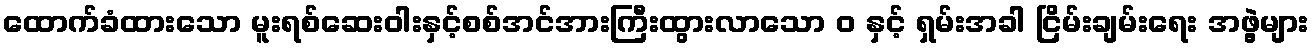
ထောက်ခံထားသော မူးရစ်ဆေးဝါးနှင့်စစ်အင်အားကြီးထွားလာသော ဝ နှင့် ရှမ်းအခါ ငြိမ်းချမ်းရေး အဖွဲ့များ